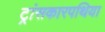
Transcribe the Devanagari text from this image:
ट्रांसकारपथिया